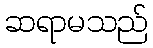
ဆရာမသည်